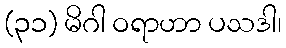
(၃၁) မိဂါ ဝရာဟာ ပသဒါ၊